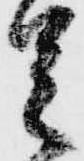
足